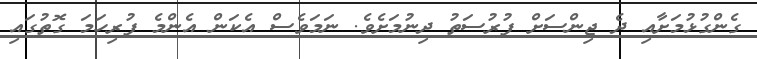
ގެންގުޅުމަށާއި ދެ ޖިންސަށް ފުރުސަތު ދިނުމަށެވެ. ނަމަވެސް އެކަން އެންމެ ފުރިހަމަ ގޮތުގައި